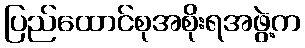
ပြည်ထောင်စုအစိုးရအဖွဲ့က